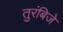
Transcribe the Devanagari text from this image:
तुरंबिजे